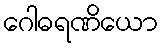
ဂေါဓရဏိယော